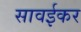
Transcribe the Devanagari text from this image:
सावईकर